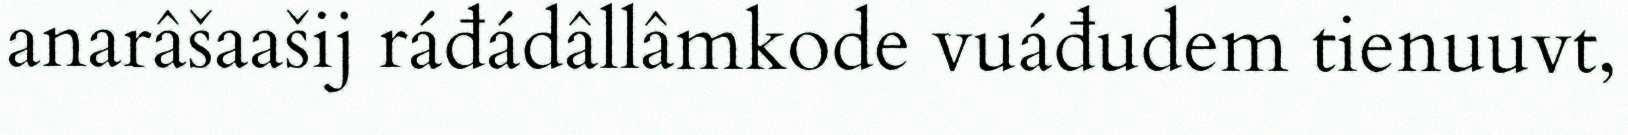
anarâšaašij ráđádâllâmkode vuáđudem tienuuvt,